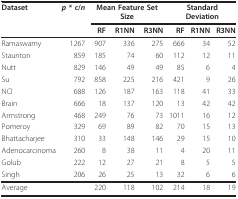
| Dataset | p * c/n | <COLSPAN=3> Mean Feature Set Size | <COLSPAN=3> Standard Deviation |
 |  |  | RF | R1NN | R3NN | RF | R1NN | R3NN |
 | --- | --- | --- | --- | --- | --- | --- | --- |
 | Ramaswamy | 1267 | 907 | 336 | 275 | 666 | 34 | 52 |
 | Staunton | 859 | 185 | 74 | 60 | 112 | 12 | 11 |
 | Nutt | 829 | 146 | 49 | 49 | 85 | 6 | 4 |
 | Su | 792 | 858 | 225 | 216 | 421 | 9 | 26 |
 | NCI | 688 | 126 | 187 | 163 | 118 | 41 | 33 |
 | Brain | 666 | 18 | 137 | 120 | 13 | 42 | 42 |
 | Armstrong | 468 | 249 | 76 | 73 | 1011 | 16 | 12 |
 | Pomeroy | 329 | 69 | 89 | 82 | 70 | 15 | 13 |
 | Bhattacharjee | 310 | 33 | 148 | 146 | 29 | 15 | 10 |
 | Adenocarcinoma | 260 | 8 | 38 | 11 | 4 | 20 | 11 |
 | Golub | 222 | 12 | 27 | 21 | 8 | 5 | 5 |
 | Singh | 206 | 26 | 25 | 13 | 32 | 6 | 6 |
 | Average |  | 220 | 118 | 102 | 214 | 18 | 19 |